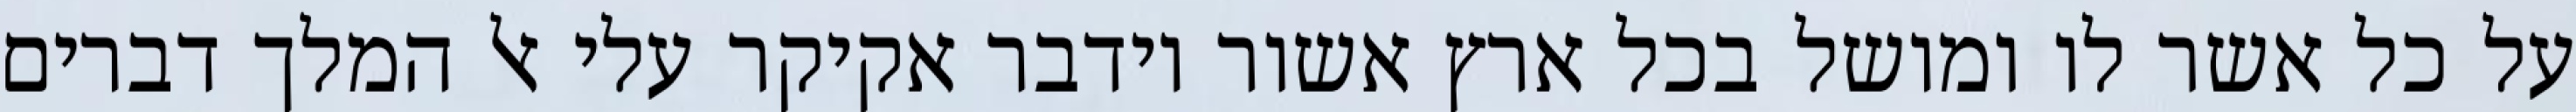
על כל אשר לו ומושל בכל ארץ אשור וידבר אקיקר עלי אל המלך דברים